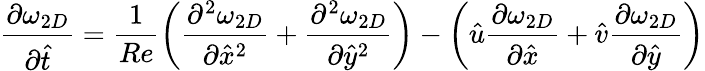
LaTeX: \frac{\partial\omega_{2D}}{\partial\hat{t}}=\frac{1}{Re}\left({\frac{\partial^{2}\omega_{2D}}{\partial{\hat{x}}^{2}}+\frac{\partial^{2}\omega_{2D}}{\partial{\hat{y}}^{2}}}\right)-\left({\hat{u}\frac{\partial\omega_{2D}}{\partial\hat{x}}+\hat{v}\frac{\partial\omega_{2D}}{\partial\hat{y}}}\right)